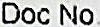
DOC NO.